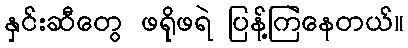
နှင်းဆီတွေ ဖရိုဖရဲ ပြန့်ကြဲနေတယ်။